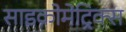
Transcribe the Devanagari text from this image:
साइक्रोमेट्रिक्स